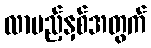
လာမည့်နှစ်အတွက်